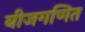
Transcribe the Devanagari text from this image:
बीजगणित